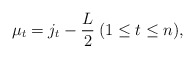
\begin{align*} \mu _t = j_t - \frac{L}{2} \medspace ( 1 \leq t \leq n ),\end{align*}